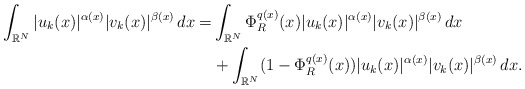
\begin{align*} \int_{\mathbb{R}^{N}}|u_k(x)|^{\alpha(x)}|v_k(x)|^{\beta(x)}\,dx= &\int_{\mathbb{R}^{N}}\Phi^{q(x)}_{R}(x)|u_k(x)|^{\alpha(x)}|v_k(x)|^{\beta(x)}\,dx \\ & +\int_{\mathbb{R}^{N}}(1-\Phi^{q(x)}_{R}(x))|u_k(x)|^{\alpha(x)}|v_k(x)|^{\beta(x)}\,dx. \end{align*}